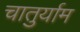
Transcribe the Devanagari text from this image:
चातुर्याम